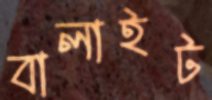
বালাইট